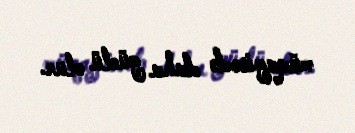
müqayisədə daha güclü olur.